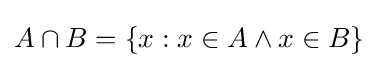
A\cap B=\{x:x\in A\land x\in B\}